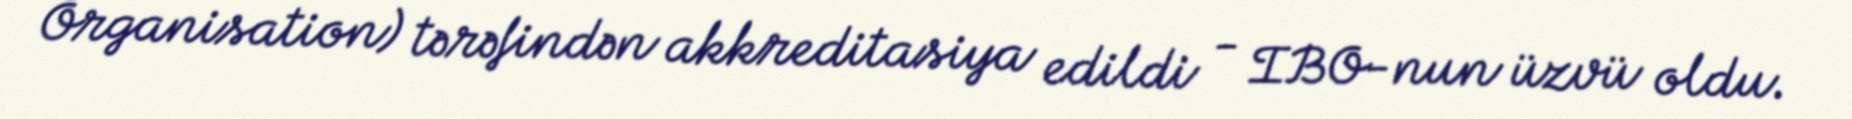
Organisation) tərəfindən akkreditasiya edildi - IBO-nun üzvü oldu.